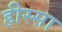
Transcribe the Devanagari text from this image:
हीस्सा